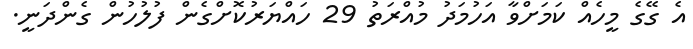
އެ ގޭގެ މީހެއް ކަމަށްވާ އަހުމަދު މުއްރަތު 29 ހައްޔަރުކޮށްގެން ފުލުހުން ގެންދަނީ.